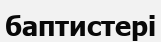
баптистері